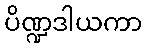
ပိဏ္ဍဒါယကာ